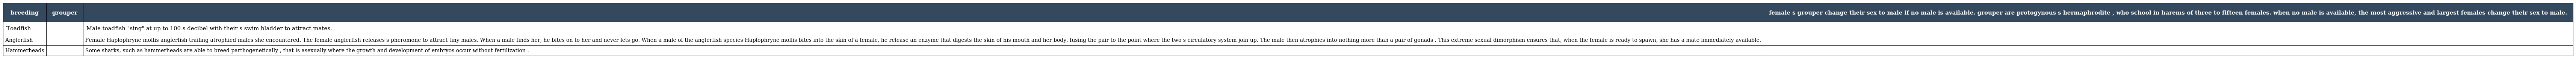
| breeding | grouper |  | female s grouper change their sex to male if no male is available. grouper are protogynous s hermaphrodite , who school in harems of three to fifteen females. when no male is available, the most aggressive and largest females change their sex to male. |
 | --- | --- | --- | --- |
 | Toadfish |  | Male toadfish "sing" at up to 100 s decibel with their s swim bladder to attract mates. |  |
 | Anglerfish |  | Female Haplophryne mollis anglerfish trailing atrophied males she encountered. The female anglerfish releases s pheromone to attract tiny males. When a male finds her, he bites on to her and never lets go. When a male of the anglerfish species Haplophryne mollis bites into the skin of a female, he release an enzyme that digests the skin of his mouth and her body, fusing the pair to the point where the two s circulatory system join up. The male then atrophies into nothing more than a pair of gonads . This extreme sexual dimorphism ensures that, when the female is ready to spawn, she has a mate immediately available. |  |
 | Hammerheads |  | Some sharks, such as hammerheads are able to breed parthogenetically , that is asexually where the growth and development of embryos occur without fertilization . |  |